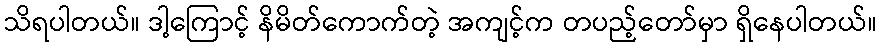
သိရပါတယ်။ ဒါ့ကြောင့် နိမိတ်ကောက်တဲ့ အကျင့်က တပည့်တော်မှာ ရှိနေပါတယ်။